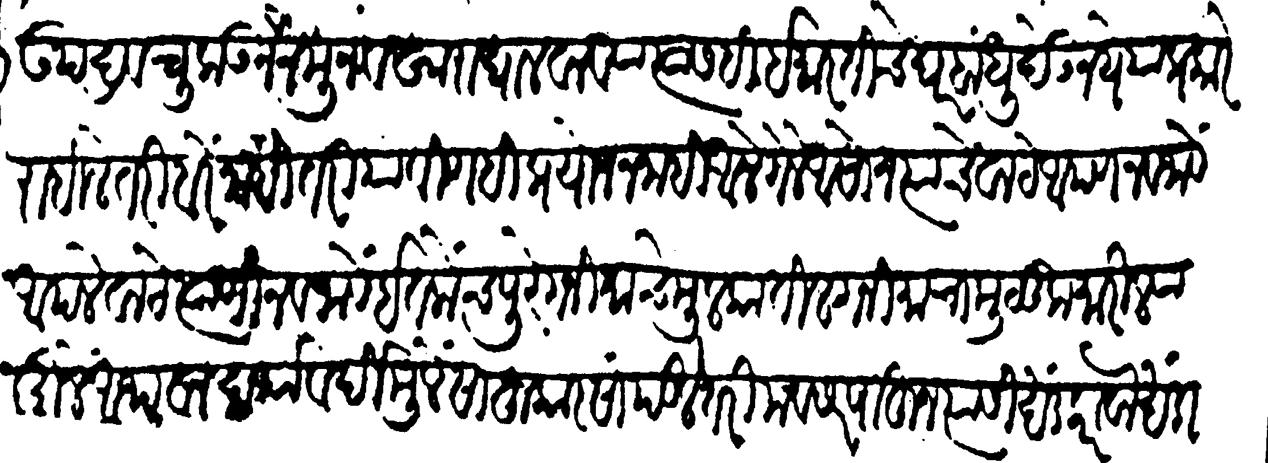
Transliteration (Devanagari): उपद्रव चुकऊन नेमून वखारा घालवाव्या त्यासहि इमारतीचें घर बांधों देऊं नयें याप्रकारें राहिले तरी बरें नाहीं तरी यांविणहि प्रयोजन नाहीं आले गेले असोन त्यांचे वाटे आपण नव जावें आपले वाटे त्यांणी नव जावें इतकेंच पुरे गनिमाचे मुलुकातील गनिमाचा मुलूक मारिल्यामुळें अथवा दर्यावर्दीमुळें साहुकार सांपडले तरी अवसर पाहून त्यांसी खंड करावा खंडाचा